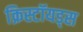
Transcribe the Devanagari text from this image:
क्रिस्टॉयड्स